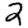
Digit: 2